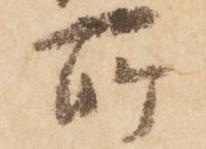
所